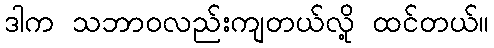
ဒါက သဘာဝလည်းကျတယ်လို့ ထင်တယ်။